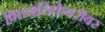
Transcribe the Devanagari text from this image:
पित्तनलिकेबरोबर